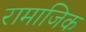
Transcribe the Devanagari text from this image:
रामाजिक